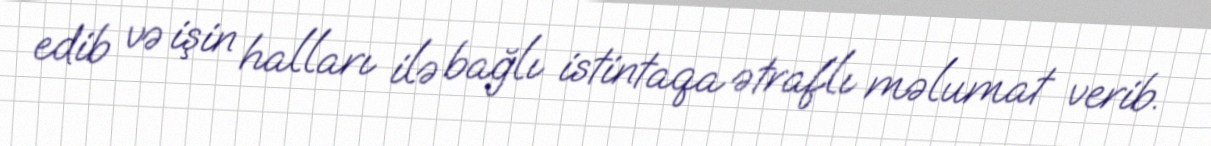
edib və işin halları ilə bağlı istintaqa ətraflı məlumat verib.